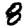
Digit: 8